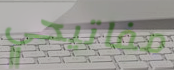
مفاتيحي